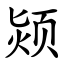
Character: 颎